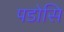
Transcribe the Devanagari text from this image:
पडोसि